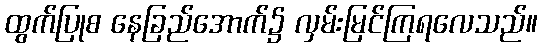
ထွက်ပြုစ နေခြည်အောက်၌ လှမ်းမြင်ကြရလေသည်။